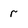
Character: r